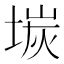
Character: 𡎅